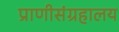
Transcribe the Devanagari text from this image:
प्राणीसंग्रहालय